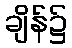
ချိန်၌